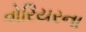
વોરિયરના